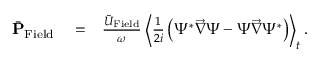
\begin{array} { r l r } { \bar { \bf P } _ { \mathrm { F i e l d } } } & { { } = } & { \frac { \bar { U } _ { \mathrm { F i e l d } } } { \omega } \left\langle \frac { 1 } { 2 i } \left( \Psi ^ { * } \overrightarrow { \nabla } \Psi - \Psi \overrightarrow { \nabla } \Psi ^ { * } \right) \right\rangle _ { t } . } \end{array}